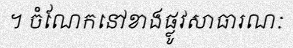
។ ចំណែកនៅខាងផ្លូវសាធារណៈ